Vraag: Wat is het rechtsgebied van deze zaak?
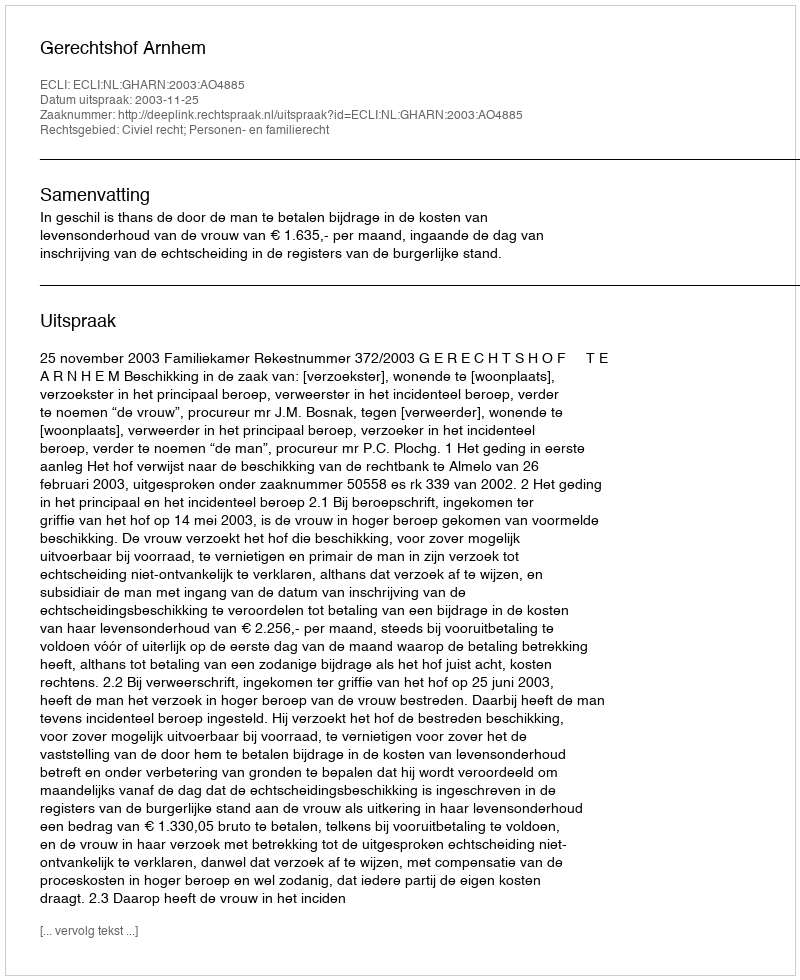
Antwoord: Civiel recht; Personen- en familierecht